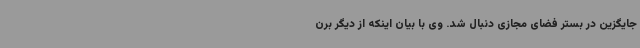
جایگزین در بستر فضای مجازی دنبال شد. وی با بیان اینکه از دیگر برن